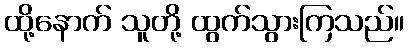
ထို့နောက် သူတို့ ထွက်သွားကြသည်။